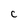
Character: C